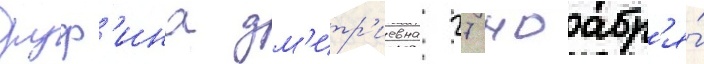
руф'ина дм'итр'иевна 27 ноабр'я́